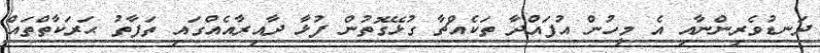
ދަނޑުވެރިންނާއި އެ މީހުން އުފައްދާ ތަކެއްޗާ ގުޅޭގޮތުން ފުޅާ ދާއިރާއެއްގައި ތަފާތު ޙަރަކާތްތައް